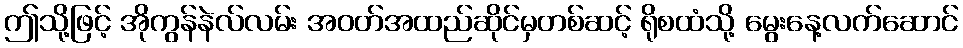
ဤသို့ဖြင့် အိုကွန်နဲလ်လမ်း အဝတ်အထည်ဆိုင်မှတစ်ဆင့် ရိုစထံသို့ မွေးနေ့လက်ဆောင်